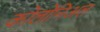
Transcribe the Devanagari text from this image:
कोलोनिअल